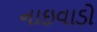
નાઇવાડો